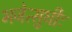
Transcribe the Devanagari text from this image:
भजेत्सुधीः